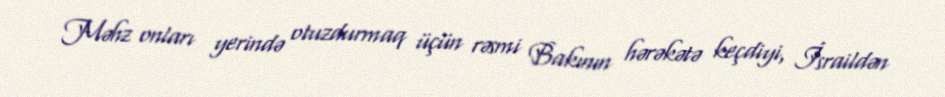
Məhz onları yerində otuzdurmaq üçün rəsmi Bakının hərəkətə keçdiyi, İsraildən